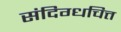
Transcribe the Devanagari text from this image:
संदिग्धचित्त